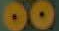
00